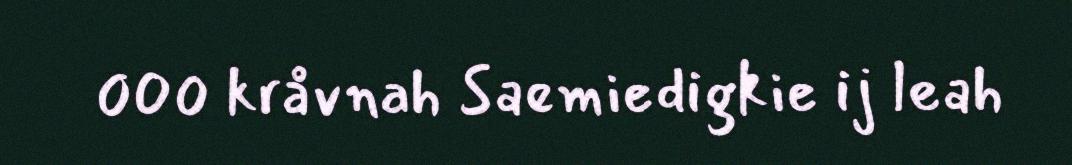
000 kråvnah Saemiedigkie ij leah